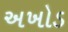
અખોડ